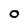
Character: O